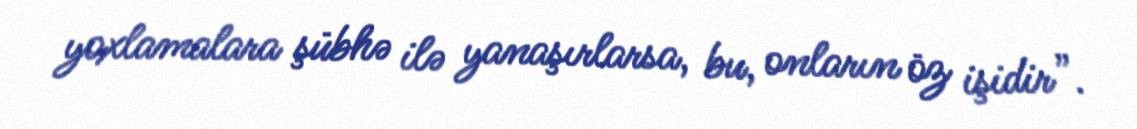
yoxlamalara şübhə ilə yanaşırlarsa, bu, onların öz işidir”.